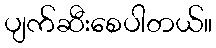
ပျက်ဆီးစေပါတယ်။